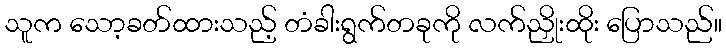
သူက သော့ခတ်ထားသည့် တံခါးရွက်တခုကို လက်ညှိုးထိုး ပြောသည်။